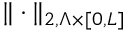
\| \cdot \| _ { 2 , \Lambda \times \lbrack 0 , L \rbrack }